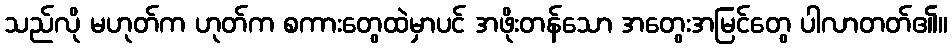
သည်လို မဟုတ်က ဟုတ်က စကားတွေထဲမှာပင် အဖိုးတန်သော အတွေးအမြင်တွေ ပါလာတတ်၏။